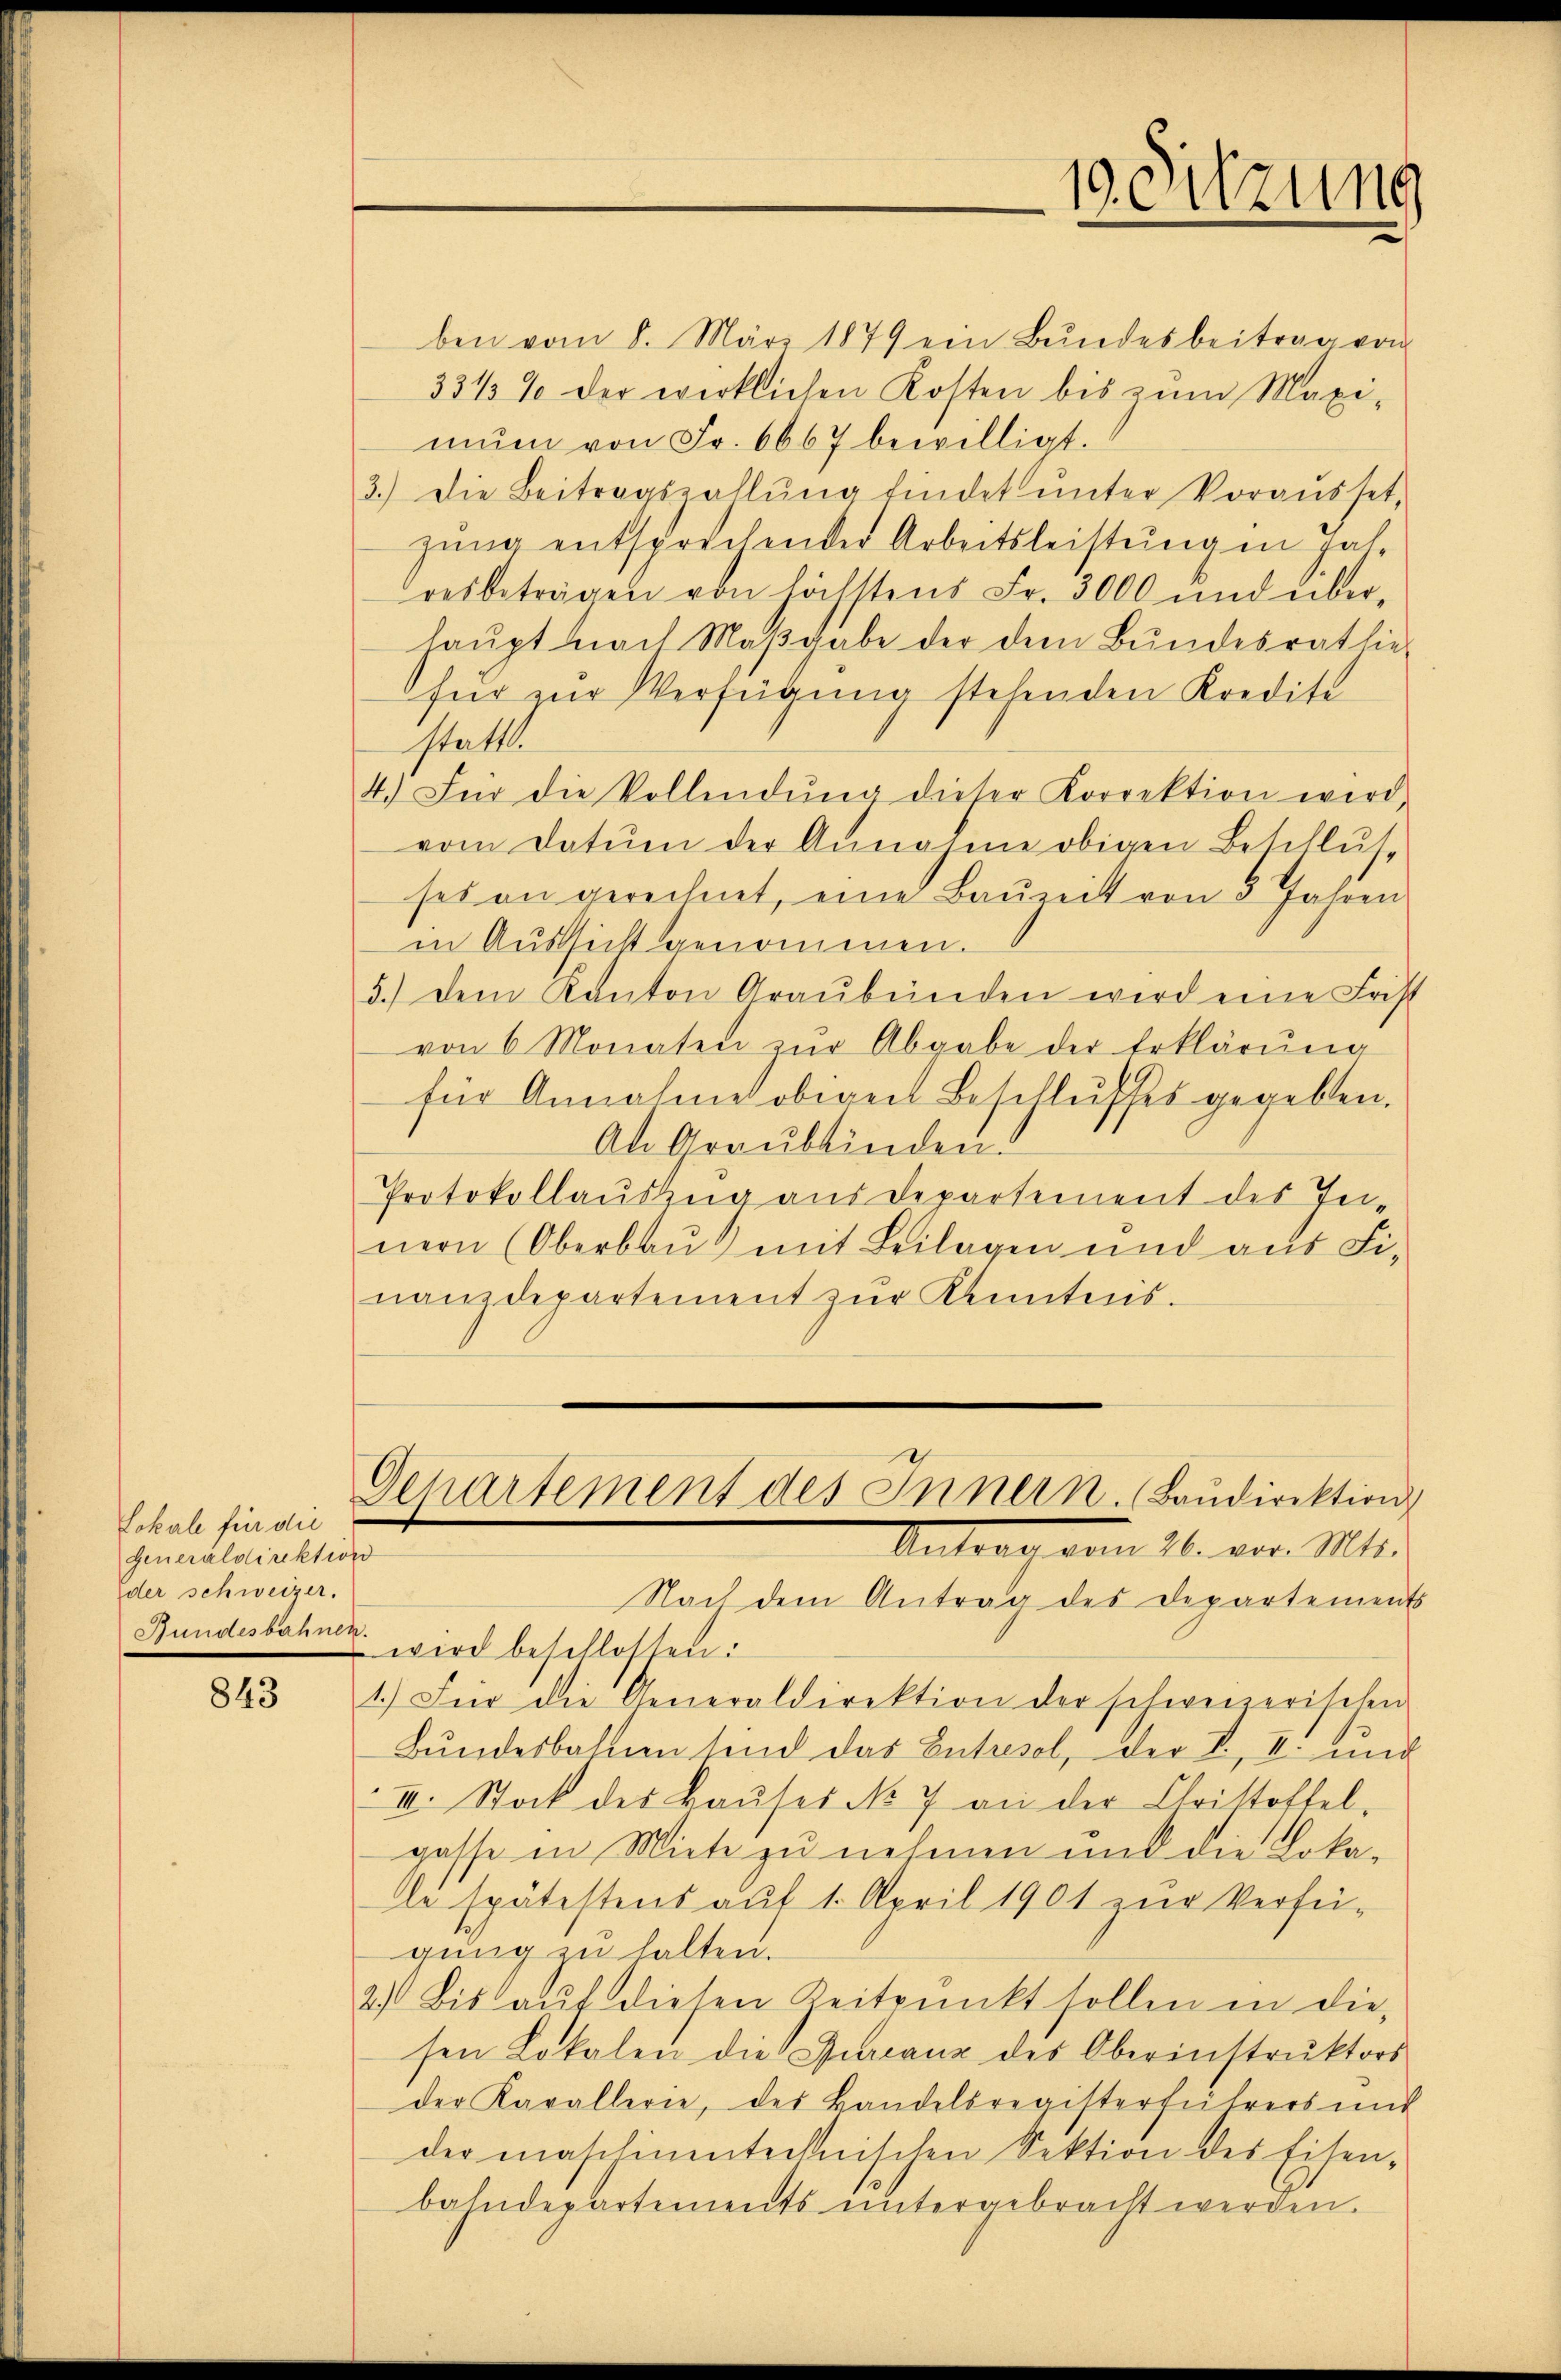
Lokale für die
Generaldirektions
der schweizer.
Bundesbahnen.

843

ben vom 8. März 1879 ein Bundesbeitrag von
33 1/3 % der wirklichen Kosten bis zŭm Maxi-
mŭm von Fr. 6667 bewilligt.
3.) Die Beitragszahlŭng findet unter Vorausset,
zung entsprechender Arbeitsleistung in gat-
resbeträgen von höchstens Fr. 3000 und überhaŭpt nach Maβgabe der dem Bŭndesrathie-
für zur Verfügung stehenden Kredite
statt
4.) Für die Vollendŭng dieser Korrektion wird
vom Datum der Annahme obigen Beschlŭs-
ses an gerechnet, eine Bauzeit von 5 Jahren
in Aussicht genommen.
5.) Dem Kanton Graubünden wird eine Frist
von 6 Monaten zŭr Abgabe der Erklärung
für Annahme obigert Beschlusses gegeben.
An Graubbinden.
Protokollauszug aus Departement des In-
nern (Oberbau mit Beilagen und aus Finanzdepartement zŭr Kenntnis.

Departement des Innern. Baŭdirektion
Antrag vom 26. vor. Mts.

.
eitzung

Nach dem Antrag des Departements
wird beschlossen:
1.) Für die Generaldirektion der schweizerischen
Bundesbahnen sind das Entresol, der II, II. und
III. Stock des Baŭses No 7 an der Christoffel-
gasse in Miete zu nehmen und die Lokale spätestens auf 1. April 1901 zur Verfü-
gung zu halten.
2) Bis auf diesen Zeitpunkt sollen in die
sen Lokalen die Bureaux des Oberinstrŭktors
der Kavallerie, des Handelsregisterführers mit
der maschinentechnischen Sektion des Eisen-
bahndepartements ŭntergebracht werden.